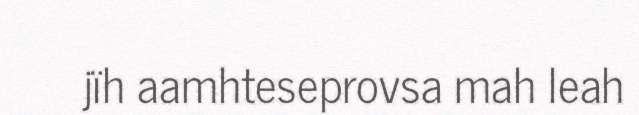
jïh aamhteseprovsa mah leah